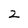
Character: 2